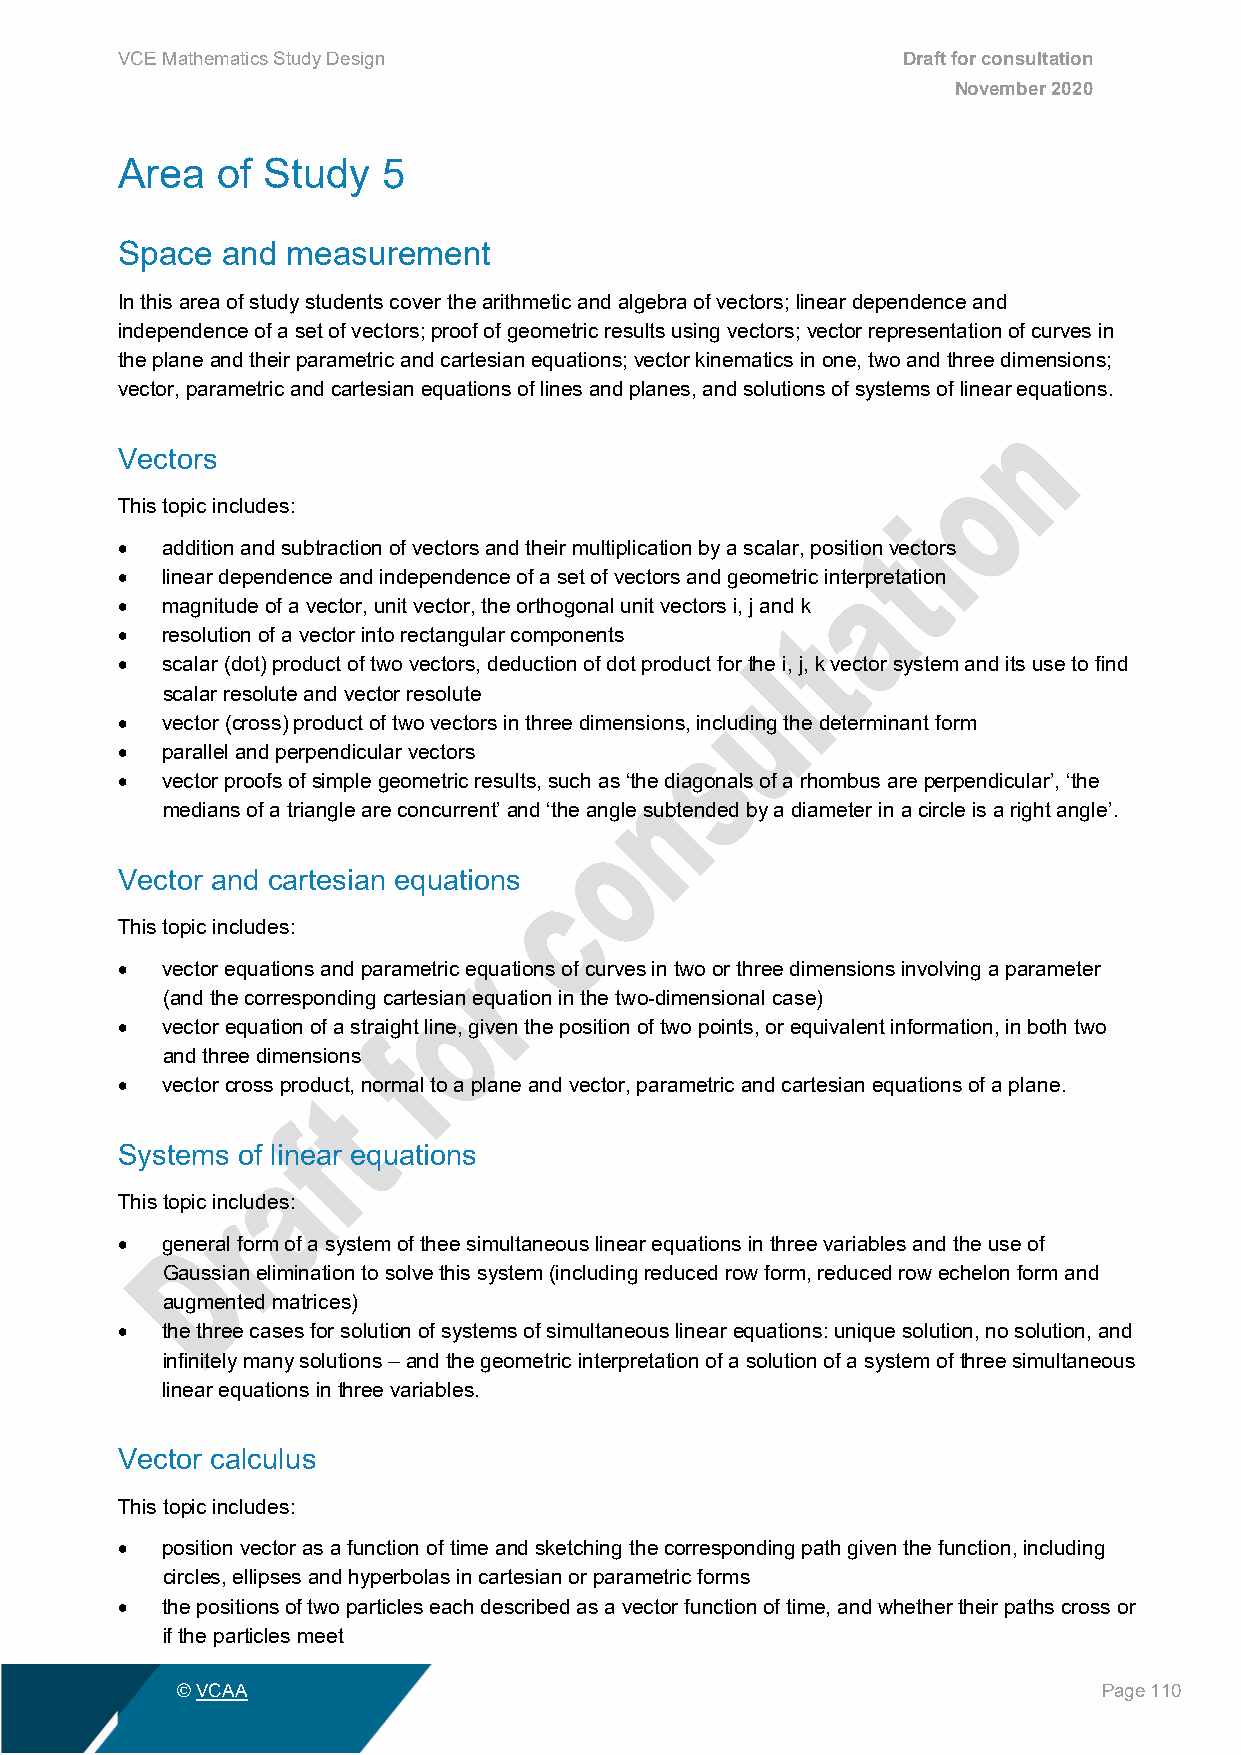
VCE Mathematics Study Design                        Draft for consultation
 November 2020
 Area  of Study   5
 Space  and measurement
 In this area of study students cover the arithmetic and algebra of vectors; linear dependence and
 independence of a set of vectors; proof of geometric results using vectors; vector representation of curves in
 the plane and their parametric and cartesian equations; vector kinematics in one, two and three dimensions;
 vector, parametric and cartesian equations of lines and planes, and solutions of systems of linear equations.
 Vectors
 This topic includes:
 •  addition and subtraction of vectors and their multiplication by a scalar, position vectors
 •  linear dependence and independence of a set of vectors and geometric interpretation
 •  magnitude of a vector, unit vector, the orthogonal unit vectors i, j and k
 •  resolution of a vector into rectangular components
 •  scalar (dot) product of two vectors, deduction of dot product for the i, j, k vector system and its use to find
 scalar resolute and vector resolute
 •  vector (cross) product of two vectors in three dimensions, including the determinant form
 •  parallel and perpendicular vectors
 •  vector proofs of simple geometric results, such as ‘the diagonals of a rhombus are perpendicular’, ‘the
 medians of a triangle are concurrent’ and ‘the angle subtended by a diameter in a circle is a right angle’.
 Vector and cartesian equations
 This topic includes:
 •  vector equations and parametric equations of curves in two or three dimensions involving a parameter
 (and the corresponding cartesian equation in the two-dimensional case)
 •  vector equation of a straight line, given the position of two points, or equivalent information, in both two
 and three dimensions
 •  vector cross product, normal to a plane and vector, parametric and cartesian equations of a plane.
 Systems of linear equations
 This topic includes:
 •  general form of a system of thee simultaneous linear equations in three variables and the use of
 Gaussian elimination to solve this system (including reduced row form, reduced row echelon form and
 augmented matrices)
 •  the three cases for solution of systems of simultaneous linear equations: unique solution, no solution, and
 infinitely many solutions – and the geometric interpretation of a solution of a system of three simultaneous
 linear equations in three variables.
 Vector calculus
 This topic includes:
 •  position vector as a function of time and sketching the corresponding path given the function, including
 circles, ellipses and hyperbolas in cartesian or parametric forms
 •  the positions of two particles each described as a vector function of time, and whether their paths cross or
 if the particles meet
 © VCAA                                                       Page 110